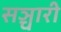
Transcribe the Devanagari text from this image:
सञ्चारी